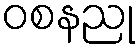
ဝစနညု